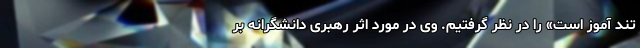
تند آموز است» را در نظر گرفتیم. وی در مورد اثر رهبری دانشگرانه بر